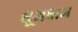
ધૂમધામ